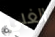
الغبي